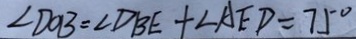
\angle D O B = \angle D B E + \angle A E D = 7 5 ^ { \circ }